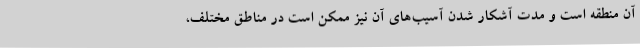
آن منطقه است و مدت آشکار شدن آسیب‌های آن نیز ممکن است در مناطق مختلف،